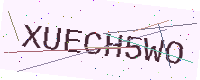
Text: XUECH5WO